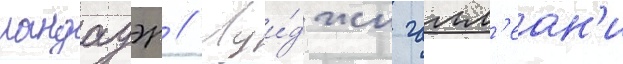
ландауэр // Луи́джи галл'еан'и